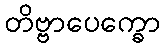
တိဗ္ဗာပေက္ခော